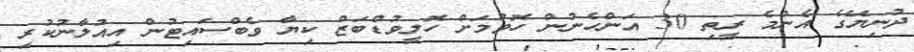
ދުނިޔޭގެ އެންމެ ރީތި 30 އަންހެނުން ހޮވުމަށް ހޮލީވުޑްބަޒް ކިޔާ ވެބްސައިޓުން އިއުލާނުކުރި